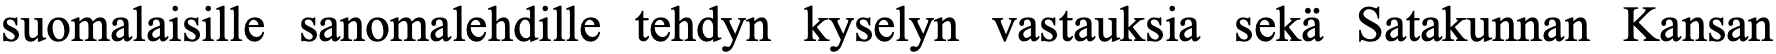
suomalaisille sanomalehdille tehdyn kyselyn vastauksia sekä Satakunnan Kansan